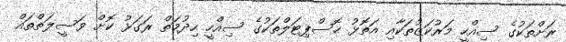
ރަށްތަކުގެ ސިއްހީ މަރުކަޒުތަކާއި އަތޮޅު ހޮސްޕިޓަލްތަކުގެ ސިއްހީ ހިދުމަތް ރަގަޅު ކޮށް ވަސީލަތްތައް